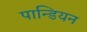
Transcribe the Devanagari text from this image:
पान्डियन